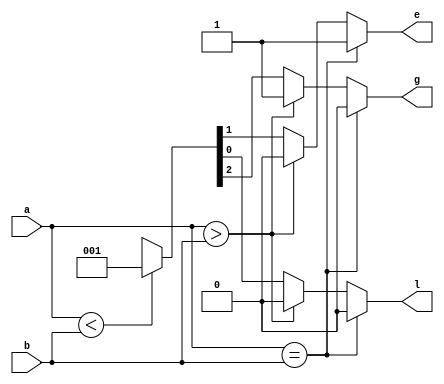
`timescale 1ns / 1ps
//////////////////////////////////////////////////////////////////////////////////
// Company: 
// Engineer: 
// 
// Design Name: 
// Module Name:    B1bitcompartor 
// Project Name: 
// Target Devices: 
// Tool versions: 
// Description: 
//
// Dependencies: 
//
// Revision: 
// Revision 0.01 - File Created
// Additional Comments: 
//
//////////////////////////////////////////////////////////////////////////////////
module B1bitcompartor(g,e,l,a,b);
input a,b;
output g,e,l;
reg g,e,l;
always@(a,b)
begin
if(a==b)
{g,e,l}=3'b010;
else if(a>b)
{g,e,l}=3'b100;
else if(a<b)
{g,e,l}=3'b001;
else 
{g,e,l}=3'bxxx;
end
endmodule


/*    
case({a,b})
2'b00: {g,e,l}=3'b010;
2'b01: {g,e,l}=3'b001;
2'b10: {g,e,l}=3'b100;
2'b11: {g,e,l}=3'b010;
default:{g,e,l}=3'bxxx;
endcase
*/